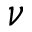
\nu